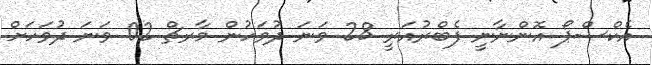
އެކްސްޕޯ އޮންނާނީ ފެބްރުއަރީ 28 ވަނަ ދުވަހުން މާރޗް 02 ވަނަ ދުވަހަށް